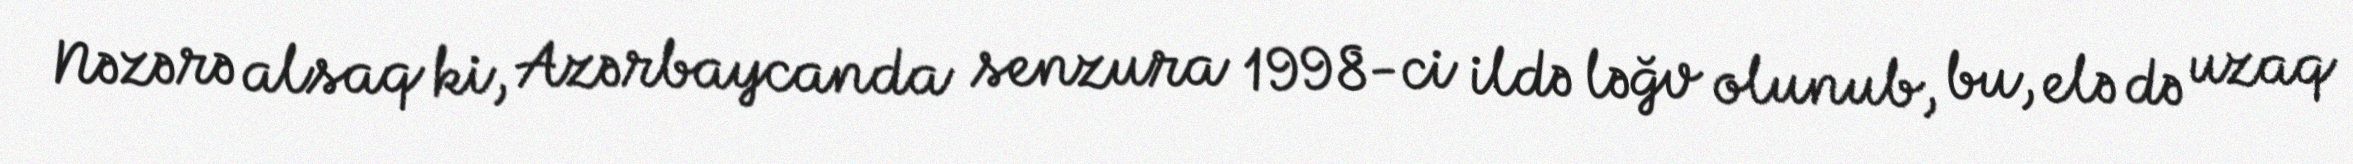
Nəzərə alsaq ki, Azərbaycanda senzura 1998-ci ildə ləğv olunub, bu, elə də uzaq